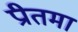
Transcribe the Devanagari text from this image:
प्रीतमा